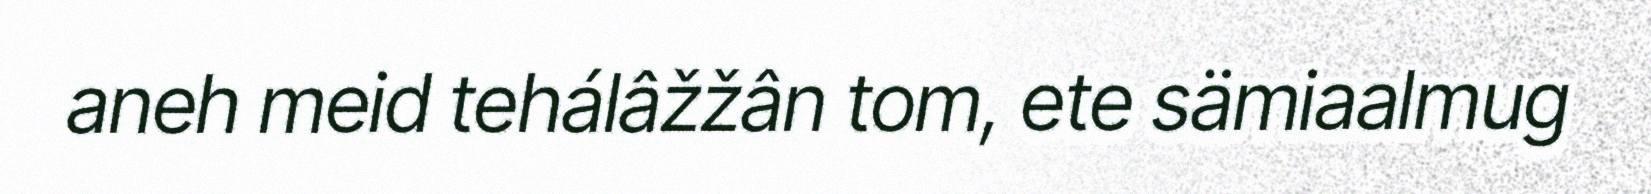
aneh meid tehálâžžân tom, ete sämiaalmug